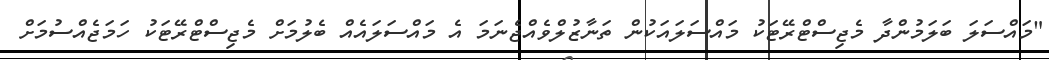
"މައްސަލަ ބަލަމުންދާ މެޖިސްޓްރޭޓަކު މައްސަލައަކުން ތަނާޒުލްވެއްޖެނަމަ އެ މައްސަލައެއް ބެލުމަށް މެޖިސްޓްރޭޓަކު ހަމަޖެއްސުމަށް